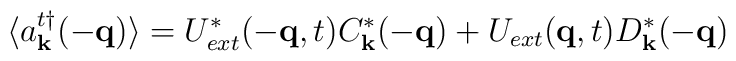
\langle a^{t\dagger}_{ {\bf{k}} }(-{\bf{q}})  \rangle = U^{*}_{ext}(-{\bf{q}},t)C^{*}_{ {\bf{k}} }(-{\bf{q}})+ U_{ext}({\bf{q}},t)D^{*}_{ {\bf{k}} }(-{\bf{q}})